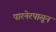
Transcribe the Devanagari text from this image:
पारनेरपासून